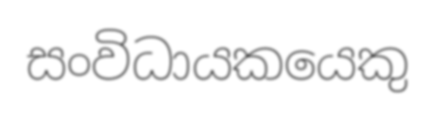
සංවිධායකයෙකු